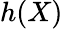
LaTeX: h(X)